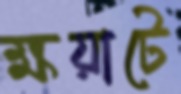
ক্ষয়াটে